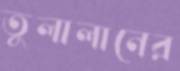
তুলালানের